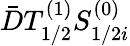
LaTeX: \bar{D}T_{1/2}^{(1)}S_{1/2i}^{(0)}